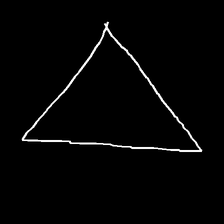
Glyph: convergence